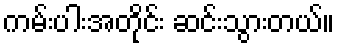
ကမ်းပါးအတိုင်း ဆင်းသွားတယ်။